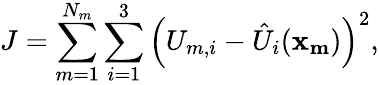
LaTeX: J=\sum_{m=1}^{N_{m}}\sum_{i=1}^{3}\left(U_{m,i}-\hat{U}_{i}(\mathbf{x_{m}})\right)^{2},